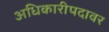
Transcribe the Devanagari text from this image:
अधिकारीपदावर